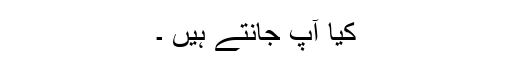
کیا آپ جانتے ہیں ۔